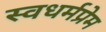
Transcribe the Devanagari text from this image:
स्वधर्मप्रेम